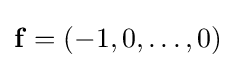
\mathbf {f} =(-1,0,\ldots ,0)